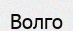
Волго